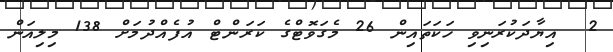
2  އިޔާދަކުރަނިވި ހަކަތައިން 26 މެގަވޮޓްގެ ކަރަންޓް އުފެއްދުމަށް 138 މިލިއަން